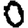
Digit: 0